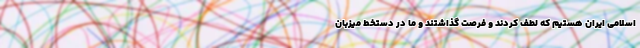
اسلامی ایران هستیم که لطف کردند و فرصت گذاشتند و ما در دستخط میزبان